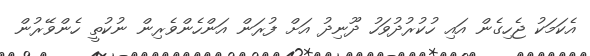
އެކަމަކު ޖެހިގެން އައި ހުކުރުދުވަހު ދޫނިދު އަށް ފުރަން އަންހެންވެރިން ނުކުތީ ހެންވޭރުން